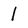
Character: l